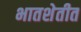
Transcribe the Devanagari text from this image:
भातशेतीत